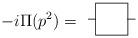
LaTeX: \begin{align*}-i\Pi (p^{2})= \begin{array}{c}\unitlength4mm \begin{picture}(3,2)\put(0,1){\line(1,0){.5}}\put(2.5,1){\line(1,0){.5}}\put(.5,0){\framebox(2,2){}} \end{picture}\end{array}\end{align*}